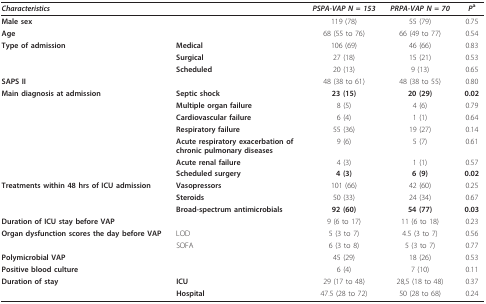
<table><thead><tr><td colspan="2"><b><i>Characteristics</i></b></td><td><b><i>PSPA-VAP N = 153</i></b></td><td><b><i>PRPA-VAP N = 70</i></b></td><td><b><i>P</i><sup>a</sup></b></td></tr></thead><tbody><tr><td colspan="2"><b>Male sex</b></td><td>119 (78)</td><td>55 (79)</td><td>0.75</td></tr><tr><td colspan="2"><b>Age</b></td><td>68 (55 to 76)</td><td>66 (49 to 77)</td><td>0.54</td></tr><tr><td><b>Type of admission</b></td><td><b>Medical</b></td><td>106 (69)</td><td>46 (66)</td><td>0.83</td></tr><tr><td></td><td><b>Surgical</b></td><td>27 (18)</td><td>15 (21)</td><td>0.53</td></tr><tr><td></td><td><b>Scheduled</b></td><td>20 (13)</td><td>9 (13)</td><td>0.65</td></tr><tr><td><b>SAPS II</b></td><td></td><td>48 (38 to 61)</td><td>48 (38 to 55)</td><td>0.80</td></tr><tr><td><b>Main diagnosis at admission</b></td><td><b>Septic shock</b></td><td><b>23 (15)</b></td><td><b>20 (29)</b></td><td><b>0.02</b></td></tr><tr><td></td><td><b>Multiple organ failure</b></td><td>8 (5)</td><td>4 (6)</td><td>0.79</td></tr><tr><td></td><td><b>Cardiovascular failure</b></td><td>6 (4)</td><td>1 (1)</td><td>0.64</td></tr><tr><td></td><td><b>Respiratory failure</b></td><td>55 (36)</td><td>19 (27)</td><td>0.14</td></tr><tr><td></td><td><b>Acute respiratory exacerbation of chronic pulmonary diseases</b></td><td>9 (6)</td><td>5 (7)</td><td>0.61</td></tr><tr><td></td><td><b>Acute renal failure</b></td><td>4 (3)</td><td>1 (1)</td><td>0.57</td></tr><tr><td></td><td><b>Scheduled surgery</b></td><td><b>4 (3)</b></td><td><b>6 (9)</b></td><td><b>0.02</b></td></tr><tr><td><b>Treatments within 48 hrs of ICU admission</b></td><td><b>Vasopressors</b></td><td>101 (66)</td><td>42 (60)</td><td>0.25</td></tr><tr><td></td><td><b>Steroids</b></td><td>50 (33)</td><td>24 (34)</td><td>0.67</td></tr><tr><td></td><td><b>Broad-spectrum antimicrobials</b></td><td><b>92 (60)</b></td><td><b>54 (77)</b></td><td><b>0.03</b></td></tr><tr><td colspan="2"><b>Duration of ICU stay before VAP</b></td><td>9 (6 to 17)</td><td>11 (6 to 18)</td><td>0.23</td></tr><tr><td><b>Organ dysfunction scores the day before VAP</b></td><td>LOD</td><td>5 (3 to 7)</td><td>4.5 (3 to 7)</td><td>0.56</td></tr><tr><td></td><td>SOFA</td><td>6 (3 to 8)</td><td>5 (3 to 7)</td><td>0.77</td></tr><tr><td colspan="2"><b>Polymicrobial VAP</b></td><td>45 (29)</td><td>18 (26)</td><td>0.53</td></tr><tr><td colspan="2"><b>Positive blood culture</b></td><td>6 (4)</td><td>7 (10)</td><td>0.11</td></tr><tr><td><b>Duration of stay</b></td><td><b>ICU</b></td><td>29 (17 to 48)</td><td>28,5 (18 to 48)</td><td>0.37</td></tr><tr><td></td><td><b>Hospital</b></td><td>47.5 (28 to 72)</td><td>50 (28 to 68)</td><td>0.24</td></tr></tbody></table>